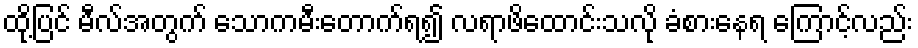
ထို့ပြင် မီလ်အတွက် သောကမီးတောက်ရ၍ လရာဖိထောင်းသလို ခံစားနေရ ကြောင့်လည်း